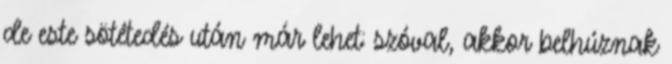
de este sötétedés után már lehet: szóval, akkor belhúznak